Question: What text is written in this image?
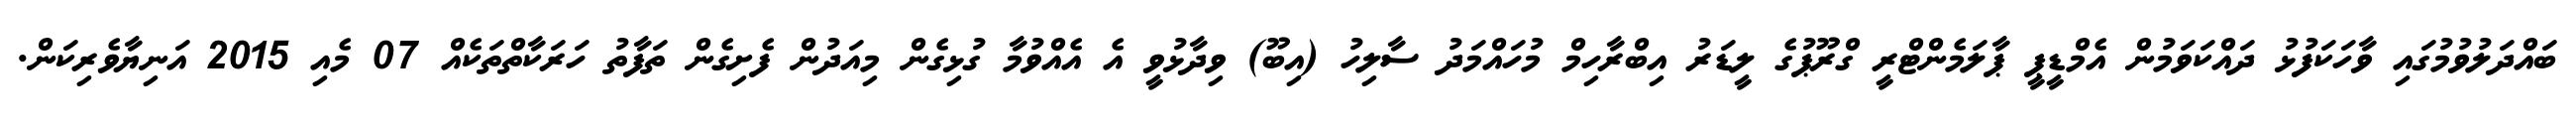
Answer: ބައްދަލުވުމުގައި ވާހަކަފުޅު ދައްކަވަމުން އެމްޑީޕީ ޕާލަމެންޓްރީ ގްރޫޕުގެ ލީޑަރު އިބްރާހިމް މުހައްމަދު ސާލިހު (އިބޫ) ވިދާޅުވީ އެ އެއްވުމާ ގުޅިގެން މިއަދުން ފެށިގެން ތަފާތު ހަރަކާތްތަކެއް 07 މެއި 2015 އަނިޔާވެރިކަން.